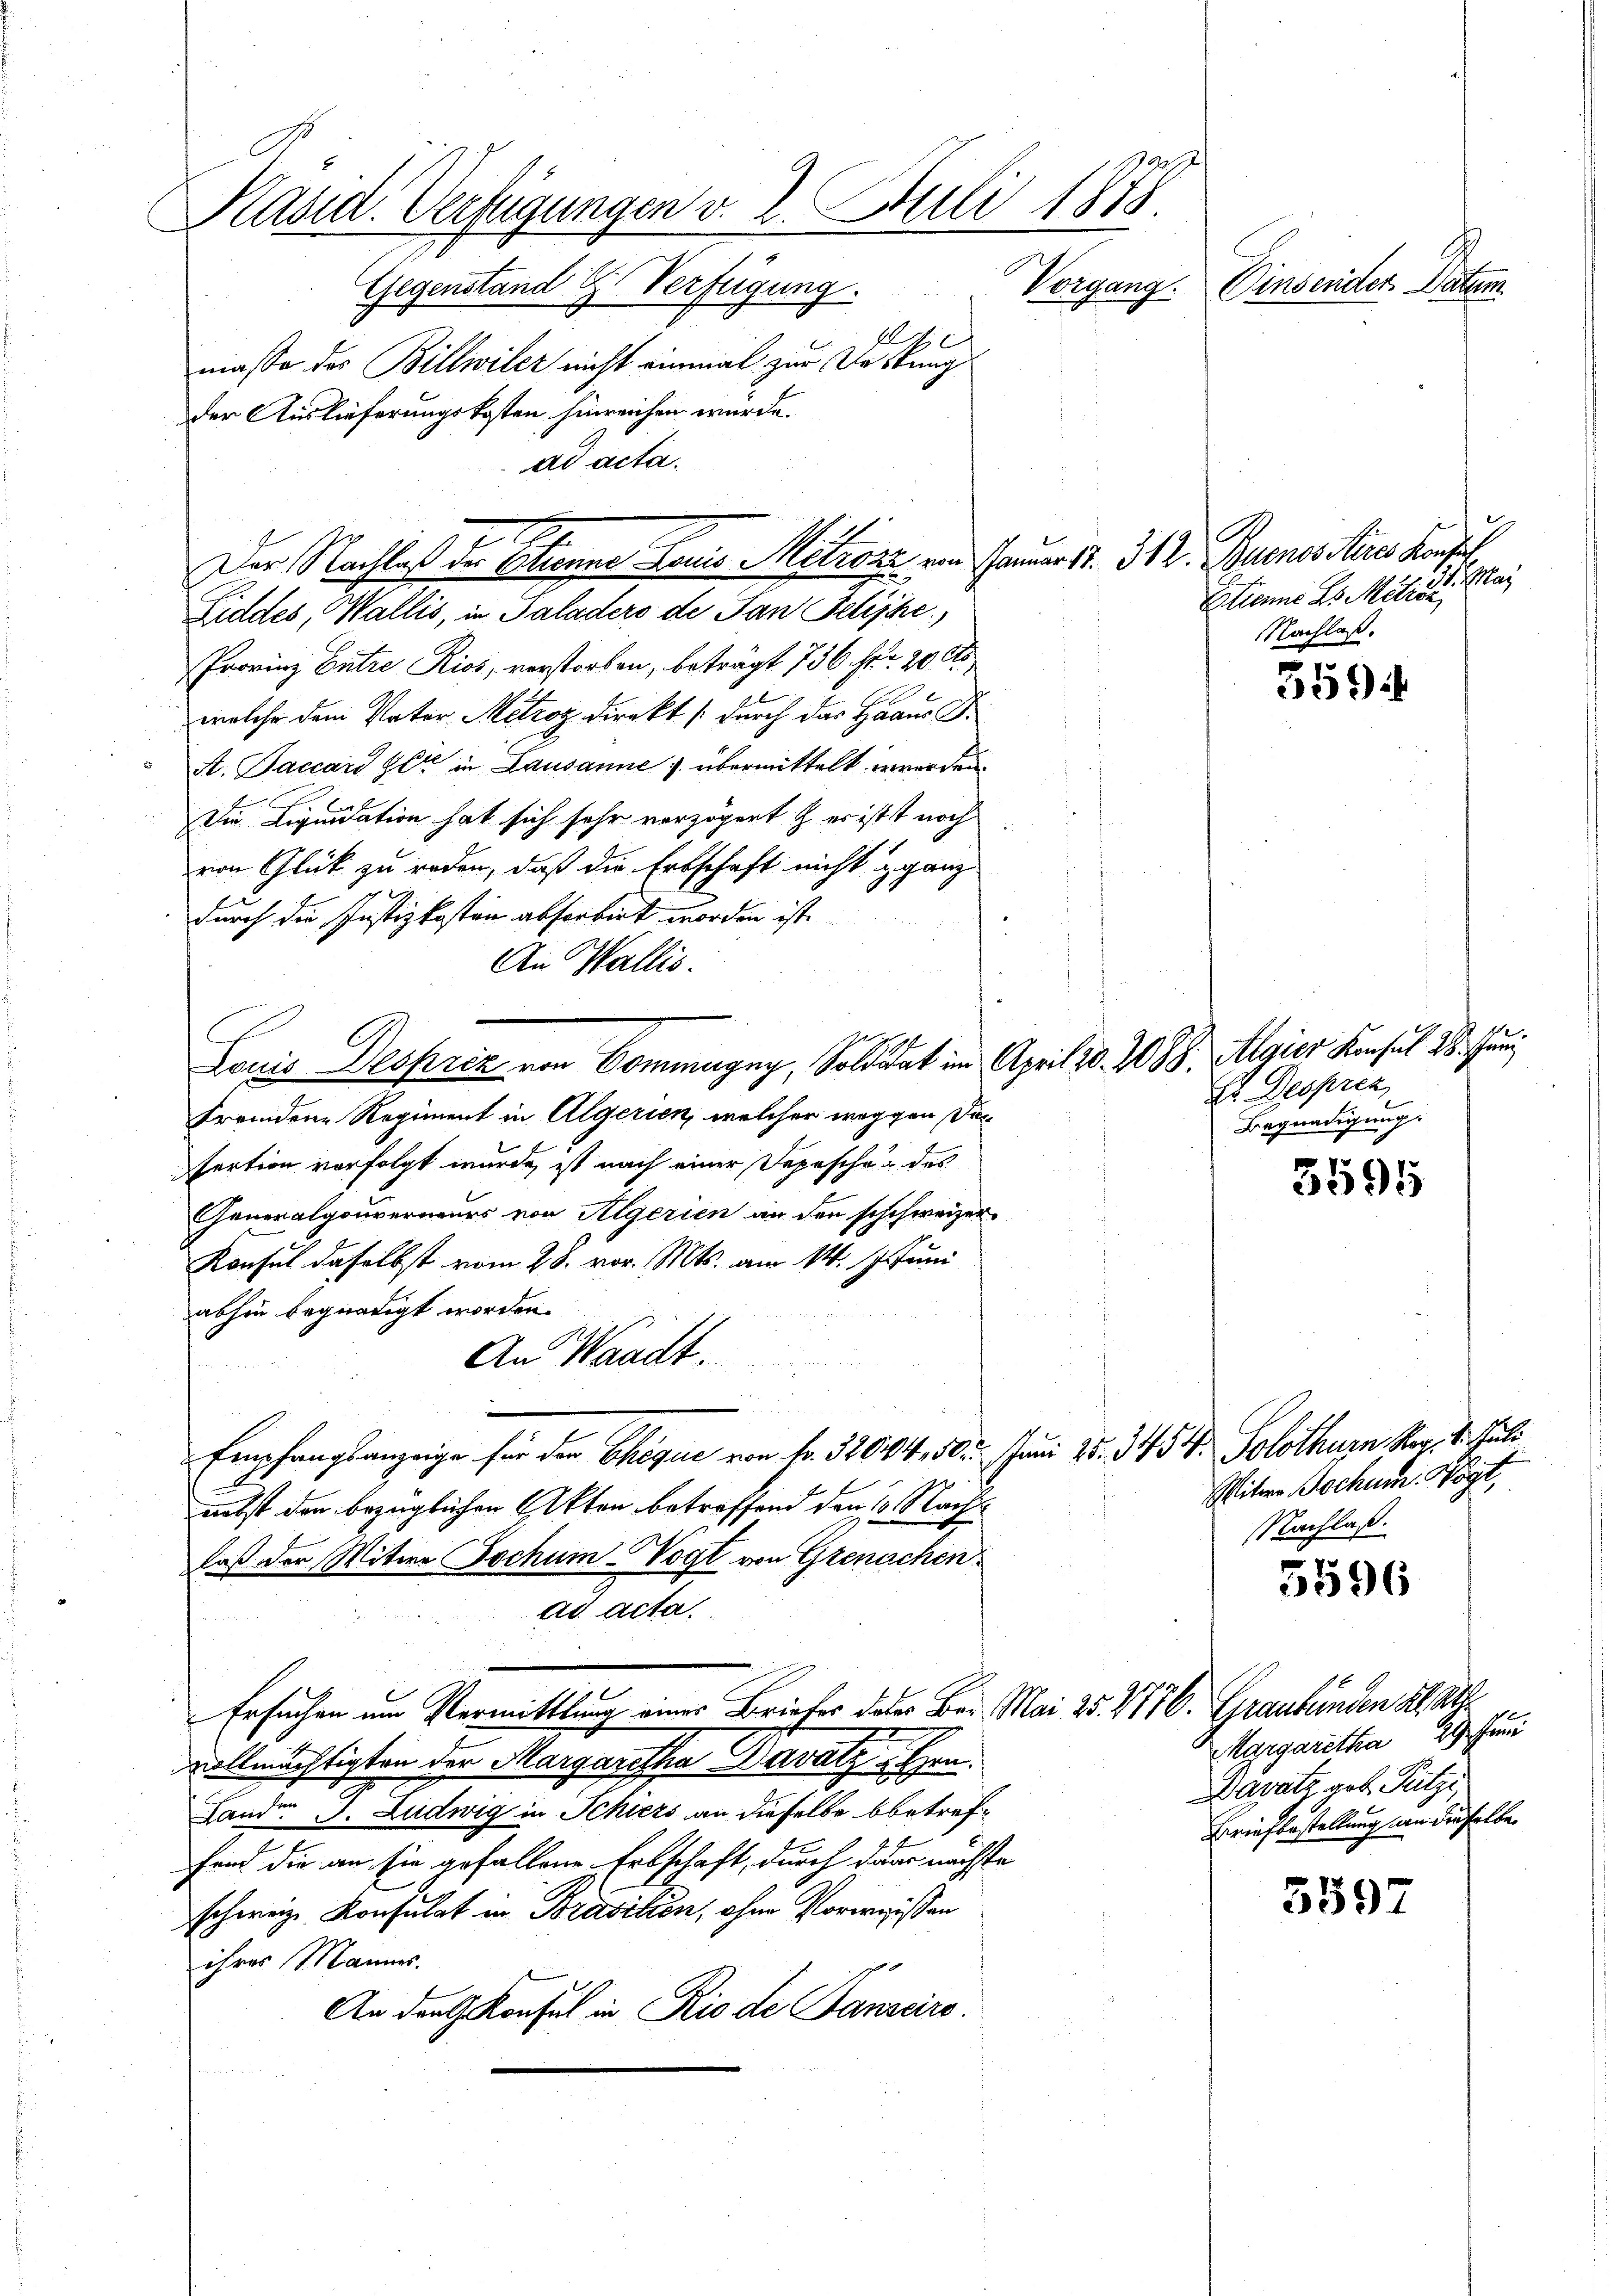
Käsid. Verfügungen v. 2. Juli 1878.
Vorgang. Einsender Datum
Gegenstand G. Verfügung.
A

masse des Billwiler nicht einmal zur Vestung
der Auslieferungskosten hinreichen wurde.
ad acta.
Der Nachlaß der Schiener Lauis Mitrazze von Januar 17. 312. Buenos Aires Konfer

Liddes, Wallis, in Paladers de Jan Felische
Provinz Entre Kios, verstorben, beträgt 756 fr 20 Fr
e
welche dem Vater Metzoz direkt (durch das Haaus S.
A. Baccard Herr in Lausanne & übermittelt werden.
.
Die Liquidation hat sich sehr verzögert & er ist noch
von Glück zu reden, daß die Erbschaft nicht ganz
durch die Justizkosten absorbirt worden ist.
An Wallis.
Louis Desprez von Commagny, Soldat im April 20. 2088. Algier Konsul 28. Juni
fremdene Regiment in Algerien, welcher weggen De¬
Fertion vorfolgt wurde, ist nach einer Depesche des
Generalgouverneurs von Algerien an den schchweizer-
Konsul daselbst vom 28. vor. Mts. am 14. 1. Juni
abhin begnadigt worden.
An Waadt.
Empfangsanzeige für der Chique von fr. 32004, 30. Juni 15. 3454. Solothurn Mag. 4. Juli
nebst den bezüglichen Akten betreffend den 10. Nach
daß der Witwe Jochum-Vogt von Grenachen
ad acta.

Ersuchen um Vermittlung eines Briefes daher Bei Mai 25. 1876. Graubünden als a
vollmächtigten der Margaretha Davatz, Hrn.
Landen J. Ludwig in Schiers an dieselbe betreffand die an sie gefallene Erbschaft, durch dann nächste
schweiz. Konsulat in Brasilien, ohne Vorweissen
ihres Mannes.
An den Konsul in Rio de Panzeiro

Mitere Bochum. Vögt,
Nachlaß.

g
11. May
Etienne ds Metze
Nachlaß.

E. Despren
Begnadigung

Margaretha, 29. Juni
avatz geb. Putzi
Briefbestellung von dieselbe

3594

3595

5596

5597